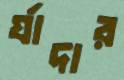
র‍্যাদার